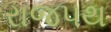
રાજપથ